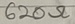
Text: 620Ω